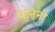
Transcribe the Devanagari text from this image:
मेनिनो